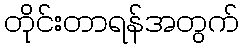
တိုင်းတာရန်အတွက်